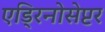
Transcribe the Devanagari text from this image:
एड्रिनोसेप्टर